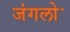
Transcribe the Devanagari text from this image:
जंगलोॱ